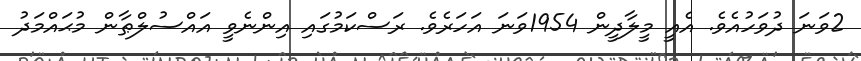
2ވަނަ ދުވަހުއެވެ. އެއީ މީލާދީން 1954ވަނަ އަހަރެވެ. ރަސްކަމުގައި އިންނެވީ އައްސުލްޠާން މުޙައްމަދު